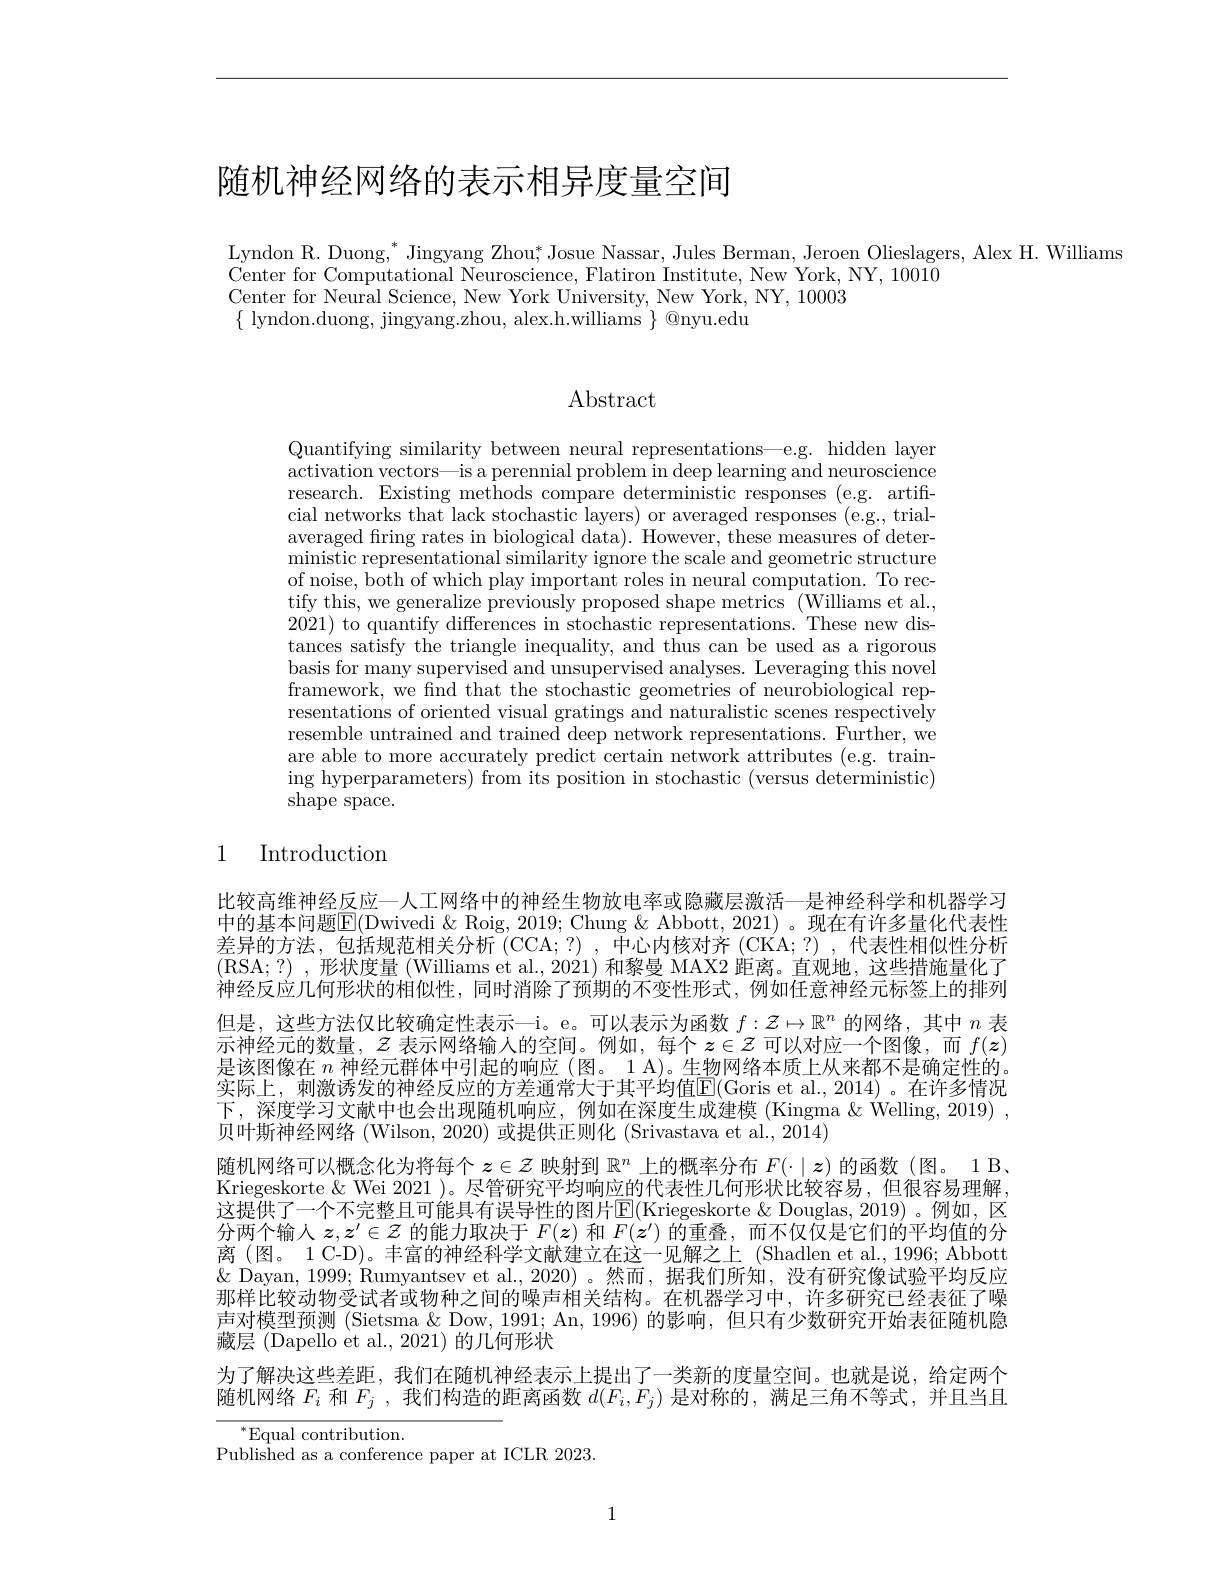
# 随机神经网络的表示相异度量空间

Lyndon R. Duong, $^*$Jingyang Zhou; Josue Nassar, Jules Berman, Jeroen Olieslagers, Alex H. Williams
Center for Computational Neuroscience, Flatiron Institute, New York, NY, 10010
Center for Neural Science, New York University, New York, NY, 10003
$\{$ lyndon.duong, jingyang.zhou, alex.h.williams $\}$ @nyu.edu

## Abstract

Quantifying similarity between neural representations—e.g. hidden layer activation vectors—is a perennial problem in deep learning and neuroscience research. Existing methods compare deterministic responses (e.g. artificial networks that lack stochastic layers) or averaged responses (e.g., trialaveraged fring rates in biological data). However, these measures of deter- $\bar{\text{ministic representational similarity ignore the scale and geometric structure}}$ of noise, both of which play important roles in neural computation. To rectify this, we generalize previously proposed shape metrics (Williams et al., 2021) to quantify differences in stochastic representations. These new distances satisfy the triangle inequality, and thus can be used as a rigorous basis for many supervised and unsupervised analyses. Leveraging this novel framework, we find that the stochastic geometries of neurobiological representations of oriented visual gratings and naturalistic scenes respectively resemble untrained and trained deep network representations. Further, we are able to more accurately predict certain network attributes (e.g. train- $\operatorname{ing}$ hyperparameters) from its position in stochastic (versus deterministic) shape space.

### 1 Introduction

比较高维神经反应一人工网络中的神经生物放电率或隐藏层激活—是神经科学和机器学习中的基本问题$\overline{\mathrm{E}}($Dwivedi &Roig, 2019; Chung & Abbott, 2021)。现在有许多量化代表性差异的方法，包括规范相关分析 (CCA;?) ,中心内核对齐 (CKA;?) ,代表性相似性分析(RSA;?) , 形状度量 (Williams et al., 2021) 和黎曼 MAX2 距离。直观地，这些措施量化了神经反应几何形状的相似性，同时消除了预期的不变性形式，例如任意神经元标签上的排列但是，这些方法仅比较确定性表示—i。e。可以表示为函数$f:\mathcal{Z}\mapsto\mathbb{R}^n$的网络，其中$n$表示神经元的数量，$\mathcal{Z}$表示网络输入的空间。例如，每个$z\in\mathcal{Z}$可以对应一个图像，而$f(\boldsymbol{z})$ 是该图像在$n$神经元群体中引起的响应 (图。1 A)。生物网络本质上从来都不是确定性的。实际上，刺激诱发的神经反应的方差通常大于其平均值$\overline{\mathbb{E}}($Goris et al.,2014)。在许多情况下，深度学习文献中也会出现随机响应，例如在深度生成建模 (Kingma $\&$ Welling, 2019) , 贝叶斯神经网络 (Wilson, 2020) 或提供正则化 (Srivastava et al., 2014)
随机网络可以概念化为将每个$z\in\mathcal{Z}$映射到$\mathbb{R}^n$上的概率分布$F(\cdot\mid\boldsymbol{z})$的函数 (图。1 B、 Kriegeskorte & Wei 2021 )。尽管研究平均响应的代表性几何形状比较容易，但很容易理解， 这提供了一个不完整且可能具有误导性的图片$\mathbb{E}($Kriegeskorte &Douglas, 2019) 。例如，区分 两 个 输 人 $z, z^{\prime }\in Z$ 的 能 力 取 决 于 $F( z)$ 和 $F( \bar{z} ^{\prime })$ 的 重 叠 , 而 不 仅 仅 是 它 们 的 平 均 值 的 分 离 ( 图 。1 C- D) 。丰 富 的 神 经 科 学 文 献 建 立 在 这 一 见 解 之 上 ( Shadlen et al. , 1996; Abbott & Qures ( Dayan, 1999; Rumyantsev et al., 2020) 。然而，据我们所知，没有研究像试验平均反应那样比较动物受试者或物种之间的噪声相关结构。在机器学习中，许多研究已经表征了噪声对模型预测 (Sietsma & Dow, 1991; An, 1996) 的影响，但只有少数研究开始表征随机隐藏层 (Dapello et al., 2021) 的几何形状
为了解决这些差距，我们在随机神经表示上提出了一类新的度量空间。也就是说，给定两个随机网络$F_i$和$F_j$ ,我们构造的距离函数$d(F_i,F_j)$是对称的，满足三角不等式，并且当且
$^{*}$Equal contribution.
Published as a conference paper at ICLR 2023.

1